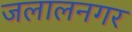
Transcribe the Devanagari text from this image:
जलालनगर